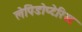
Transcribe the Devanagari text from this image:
लेपिडोप्टेरिस्ट